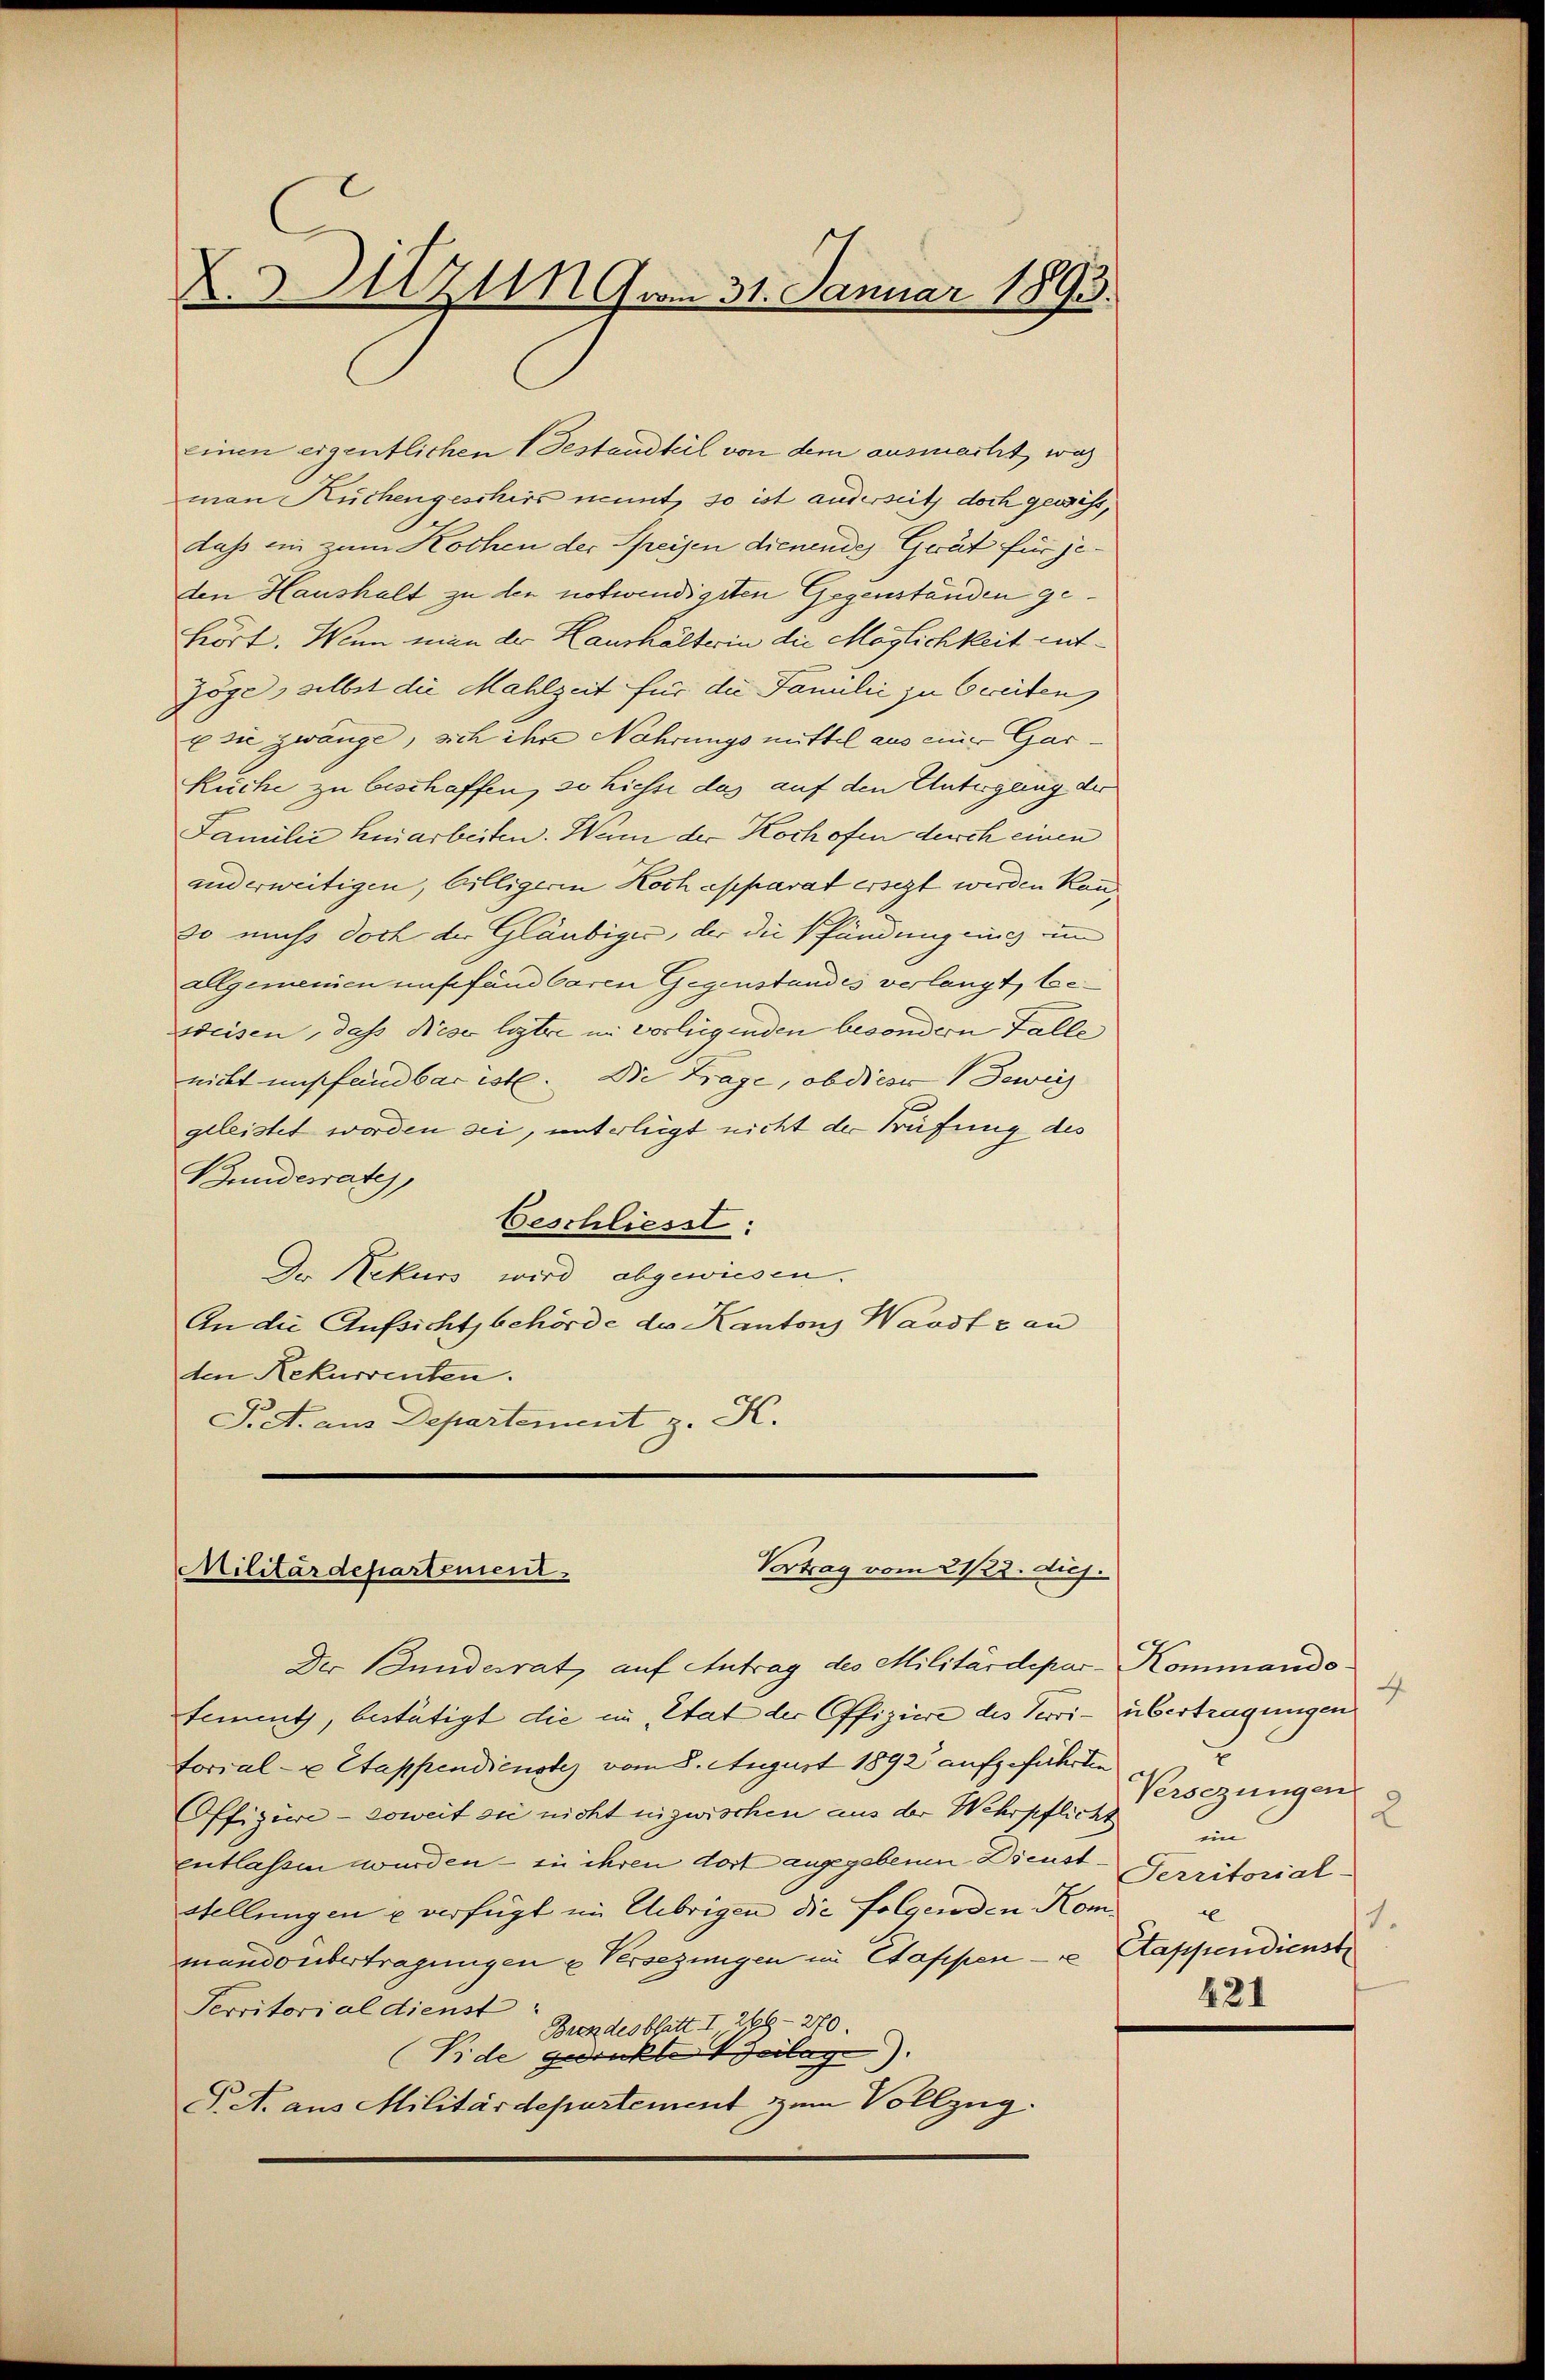
K.Azung vom 31. Januar 1893.

einen eigentlichen 1 Bestandteil von dem ausmacht, was
man Küchengeschirs nennt, so ist anderseits doch gewiss,
daß ein zum Kochen der Speisen dienendes Gerät für jeden Haushalt zu den notwendigsten Gegenständen gehört. Wenn man der Haushälterin die Möglichkeit entzöge, selbst die Mahlzeit für die Familie zu breiten,
E sie zwange, sich ihre Nahrungsmittel aus einer Gar
Küche zu beschaffen, so hiesse das auf den Untergang der
Familie hinarbeiten. Wenn der Koch ofen durch einen
und erweitigen, billigeren Koch apparat ersezt werden Kanso muss doch der Gläubiger, der die Pfändung eing in
Allgemeinen unsefand baren Gegenstandes verlangt, bezweisen, dass Niese legter in vorliegenden besondern Falle
nicht unpfandbar ist. Die Frage, ob diese Beweis
geleistet worden sei, unterlegt nicht der Prüfung des
Bundesrate
Geschliesst:
Der Rekurs wird abgewiesen.
An die Aufsichtsbehörde des Kantons Waadt c an
den Rekurrenten.
J. A. aus Departement z. K.

Vertrag vom 21/23. diej
Militärdepartement

Der Bundesrat, auf Antrag des Militärdepar-Kommando
temmt, bestätigt die im Etat der Offiziere des Verri- übertragungen
torial- u Etappendienstes vom 3. August 1892 aufgeführten
Offiziere - soweit sie nicht inzwischen aus der Wehrpflicht
entlassen wurden – in ihren dort angegebenen Dienst¬
Stellungen u verfügt im Übrigen die folgenden Kommando übertragungen u Versezungen im Stappen - u Stappendienst
Serritorial dienst
Brendesblatt I 219—270.
Vide gedruckte Beilage).
P. A. aus Militärdepartement zum Vollzug.

4
x
Versezungen
2
in
Territorial-
x
7.
421